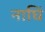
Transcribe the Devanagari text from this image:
नाघिं